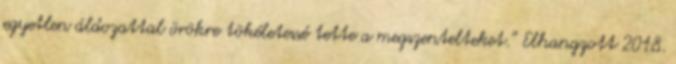
egyetlen áldozattal örökre tökéletessé tette a megszentelteket.” Elhangzott 2018.